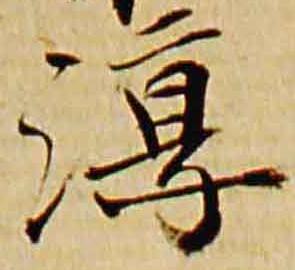
淳